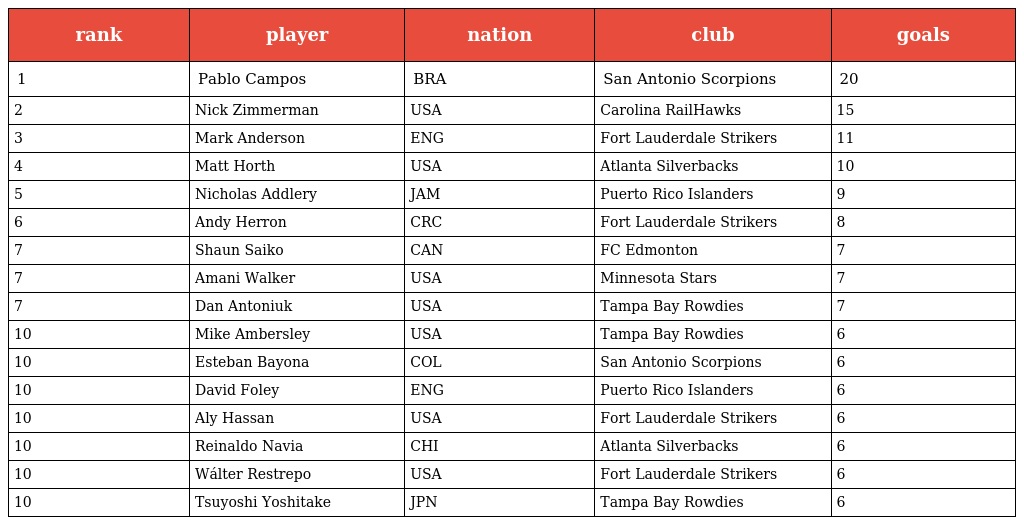
| rank | player | nation | club | goals |
 | --- | --- | --- | --- | --- |
 | 1 | Pablo Campos | BRA | San Antonio Scorpions | 20 |
 | 2 | Nick Zimmerman | USA | Carolina RailHawks | 15 |
 | 3 | Mark Anderson | ENG | Fort Lauderdale Strikers | 11 |
 | 4 | Matt Horth | USA | Atlanta Silverbacks | 10 |
 | 5 | Nicholas Addlery | JAM | Puerto Rico Islanders | 9 |
 | 6 | Andy Herron | CRC | Fort Lauderdale Strikers | 8 |
 | 7 | Shaun Saiko | CAN | FC Edmonton | 7 |
 | 7 | Amani Walker | USA | Minnesota Stars | 7 |
 | 7 | Dan Antoniuk | USA | Tampa Bay Rowdies | 7 |
 | 10 | Mike Ambersley | USA | Tampa Bay Rowdies | 6 |
 | 10 | Esteban Bayona | COL | San Antonio Scorpions | 6 |
 | 10 | David Foley | ENG | Puerto Rico Islanders | 6 |
 | 10 | Aly Hassan | USA | Fort Lauderdale Strikers | 6 |
 | 10 | Reinaldo Navia | CHI | Atlanta Silverbacks | 6 |
 | 10 | Wálter Restrepo | USA | Fort Lauderdale Strikers | 6 |
 | 10 | Tsuyoshi Yoshitake | JPN | Tampa Bay Rowdies | 6 |